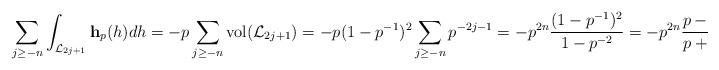
LaTeX: \begin{align*} \sum_{j\geq -n} \int_{\mathcal L_{2j+1}} \mathbf h_p(h) dh = -p \sum_{j\geq -n} \mathrm{vol}(\mathcal L_{2j+1}) = -p(1-p^{-1})^2 \sum_{j\geq -n} p^{-2j-1} = -p^{2n}\frac{(1-p^{-1})^2}{1-p^{-2}} = -p^{2n}\frac{p-1}{p+1}.\end{align*}